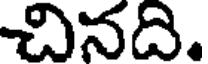
చినది.